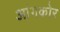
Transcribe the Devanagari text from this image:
आंगकोर